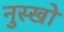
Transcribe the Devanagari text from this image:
नुस्खो